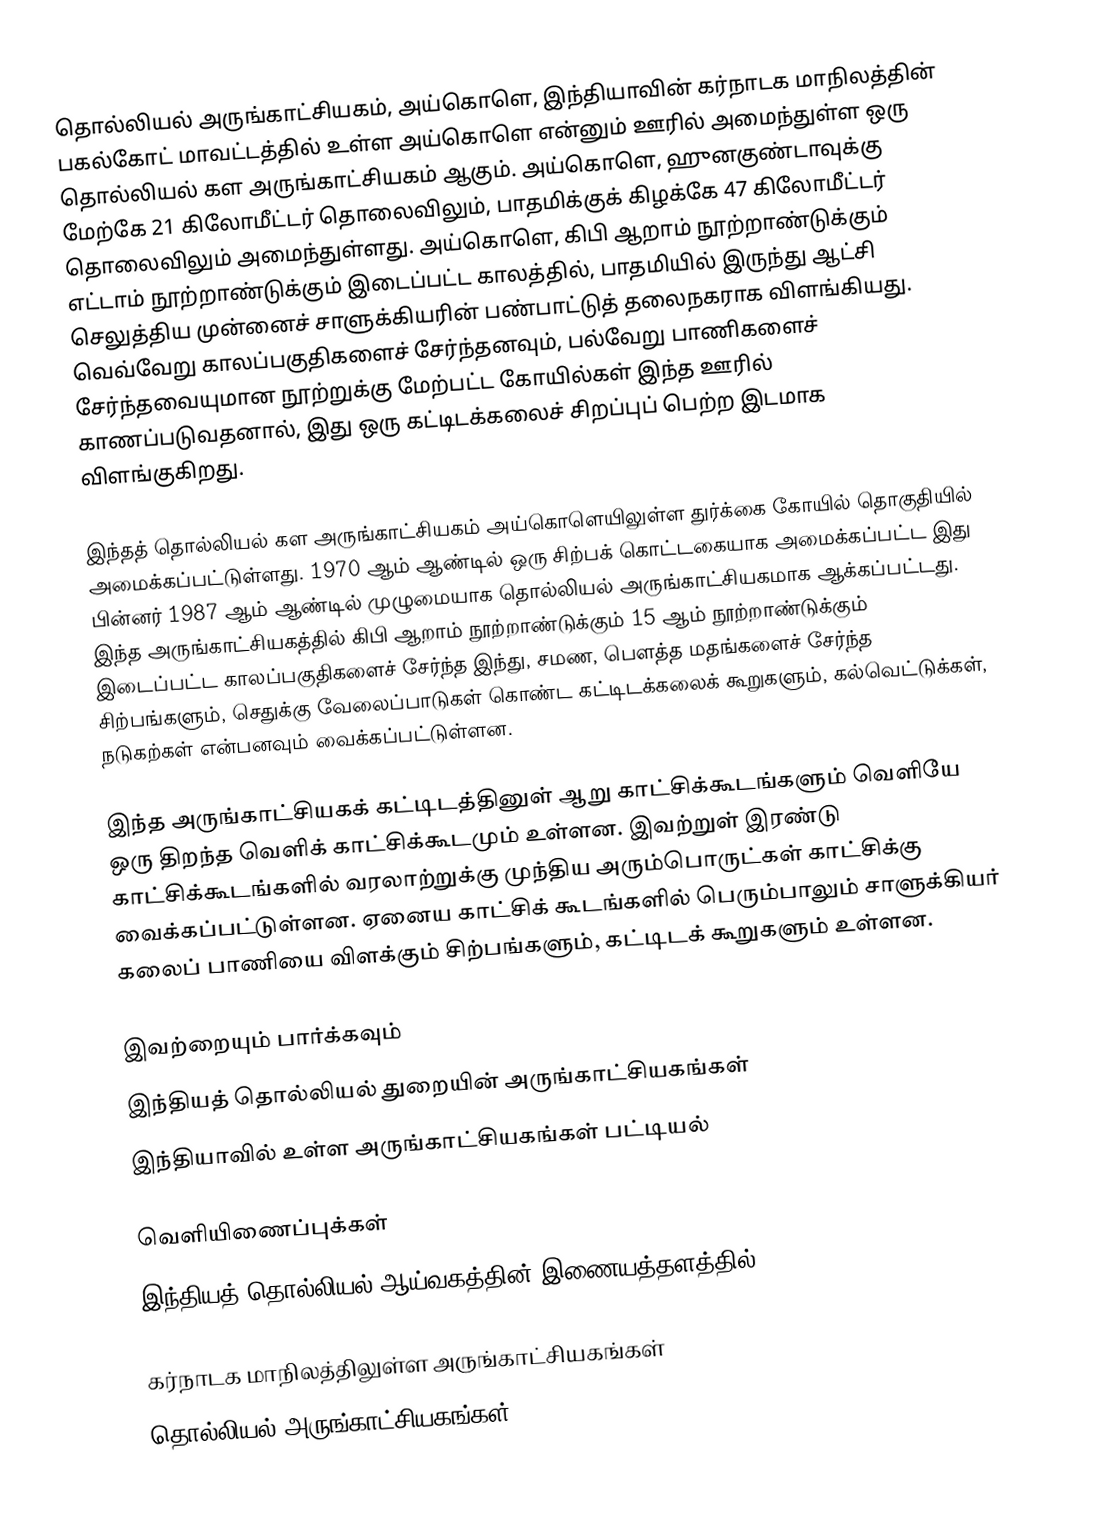
தொல்லியல் அருங்காட்சியகம், அய்கொளெ, இந்தியாவின் கர்நாடக மாநிலத்தின் பகல்கோட் மாவட்டத்தில் உள்ள அய்கொளெ என்னும் ஊரில் அமைந்துள்ள ஒரு தொல்லியல் கள அருங்காட்சியகம் ஆகும். அய்கொளெ, ஹுனகுண்டாவுக்கு மேற்கே 21 கிலோமீட்டர் தொலைவிலும், பாதமிக்குக் கிழக்கே 47 கிலோமீட்டர் தொலைவிலும் அமைந்துள்ளது. அய்கொளெ, கிபி ஆறாம் நூற்றாண்டுக்கும் எட்டாம் நூற்றாண்டுக்கும் இடைப்பட்ட காலத்தில், பாதமியில் இருந்து ஆட்சி செலுத்திய முன்னைச் சாளுக்கியரின் பண்பாட்டுத் தலைநகராக விளங்கியது. வெவ்வேறு காலப்பகுதிகளைச் சேர்ந்தனவும், பல்வேறு பாணிகளைச் சேர்ந்தவையுமான நூற்றுக்கு மேற்பட்ட கோயில்கள் இந்த ஊரில் காணப்படுவதனால், இது ஒரு கட்டிடக்கலைச் சிறப்புப் பெற்ற இடமாக விளங்குகிறது.

இந்தத் தொல்லியல் கள அருங்காட்சியகம் அய்கொளெயிலுள்ள துர்க்கை கோயில் தொகுதியில் அமைக்கப்பட்டுள்ளது. 1970 ஆம் ஆண்டில் ஒரு சிற்பக் கொட்டகையாக அமைக்கப்பட்ட இது பின்னர் 1987 ஆம் ஆண்டில் முழுமையாக தொல்லியல் அருங்காட்சியகமாக ஆக்கப்பட்டது. இந்த அருங்காட்சியகத்தில் கிபி ஆறாம் நூற்றாண்டுக்கும் 15 ஆம் நூற்றாண்டுக்கும் இடைப்பட்ட காலப்பகுதிகளைச் சேர்ந்த இந்து, சமண, பௌத்த மதங்களைச் சேர்ந்த சிற்பங்களும், செதுக்கு வேலைப்பாடுகள் கொண்ட கட்டிடக்கலைக் கூறுகளும்,  கல்வெட்டுக்கள், நடுகற்கள் என்பனவும் வைக்கப்பட்டுள்ளன.

இந்த அருங்காட்சியகக் கட்டிடத்தினுள் ஆறு காட்சிக்கூடங்களும் வெளியே ஒரு திறந்த வெளிக் காட்சிக்கூடமும் உள்ளன. இவற்றுள் இரண்டு காட்சிக்கூடங்களில் வரலாற்றுக்கு முந்திய அரும்பொருட்கள் காட்சிக்கு வைக்கப்பட்டுள்ளன. ஏனைய காட்சிக் கூடங்களில் பெரும்பாலும் சாளுக்கியர் கலைப் பாணியை விளக்கும் சிற்பங்களும், கட்டிடக் கூறுகளும் உள்ளன.

இவற்றையும் பார்க்கவும்
 இந்தியத் தொல்லியல் துறையின் அருங்காட்சியகங்கள்
 இந்தியாவில் உள்ள அருங்காட்சியகங்கள் பட்டியல்

வெளியிணைப்புக்கள்
 இந்தியத் தொல்லியல் ஆய்வகத்தின் இணையத்தளத்தில்

கர்நாடக மாநிலத்திலுள்ள அருங்காட்சியகங்கள்
தொல்லியல் அருங்காட்சியகங்கள்